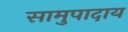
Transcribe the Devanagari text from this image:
सामुपादाय